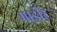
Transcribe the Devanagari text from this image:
भाडीर